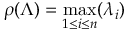
\rho ( \Lambda ) = \operatorname* { m a x } _ { 1 \leq i \leq n } ( \lambda _ { i } )